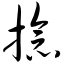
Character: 捻